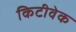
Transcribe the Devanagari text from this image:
किटीवेक